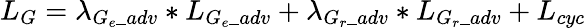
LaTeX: L_{G}=\lambda_{G_{e}\_ adv}*L_{G_{e}\_ adv}+\lambda_{G_{r}\_ adv}*L_{G_{r}\_ adv}+L_{cyc}